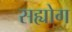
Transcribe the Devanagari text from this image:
सह्योग